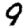
Digit: 9